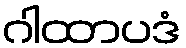
ဂါထာပဒံ